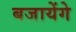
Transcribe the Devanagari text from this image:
बजायेंगे